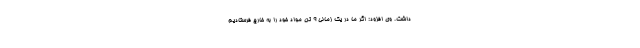
داشت. وی افزود: اگر ما در یک زمانی ۹ تن مواد خود را به خارج فرستادیم